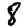
Digit: 8